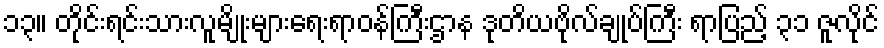
၁၃။ တိုင်းရင်းသားလူမျိုးများရေးရာဝန်ကြီးဌာန ဒုတိယဗိုလ်ချုပ်ကြီး ရာပြည့် ၃၁ ဇူလိုင်